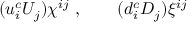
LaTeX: ( u _ { i } ^ { c } U _ { j } ) \chi ^ { i j } \ , \qquad ( d _ { i } ^ { c } D _ { j } ) \xi ^ { i j }